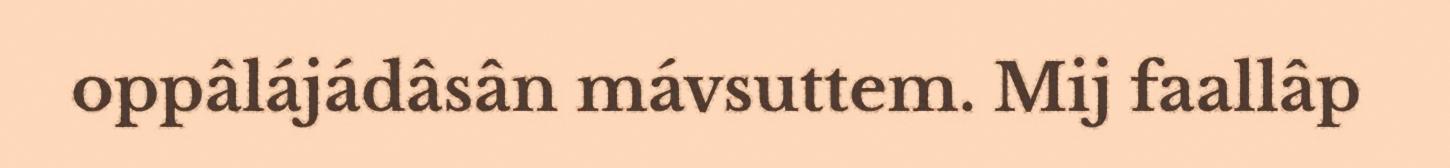
oppâlájádâsân mávsuttem. Mij faallâp